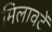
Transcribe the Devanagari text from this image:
मिलावटें